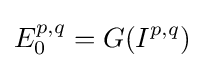
E_{0}^{p,q}=G(I^{p,q})